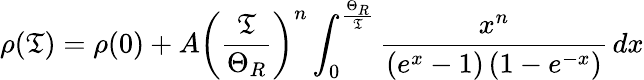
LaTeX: \rho(\mathfrak{T})=\rho(0)+A\left({\frac{{\mathfrak{T}}}{{\Theta_{R}}}}\right)^{n}\int_{0}^{\frac{{\Theta_{R}}}{{\mathfrak{T}}}}{\frac{{x^{n}}}{{\left(e^{x}-1\right)\left(1-e^{-x}\right)}}}\, dx